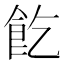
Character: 䬣